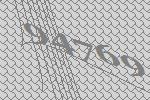
94769